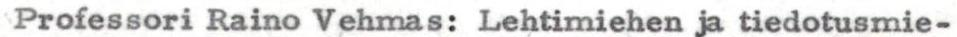
Professori Raino Vehmas: Lehtimiehen ja tiedotusmie-